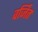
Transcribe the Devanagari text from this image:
वर्जित